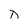
Character: D